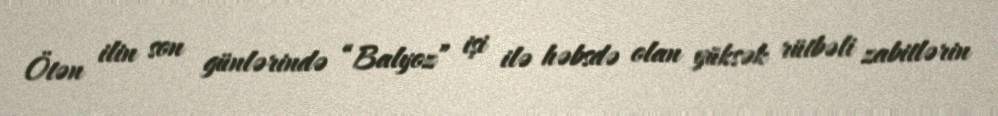
Ötən ilin son günlərində “Balyoz” işi ilə həbsdə olan yüksək rütbəli zabitlərin